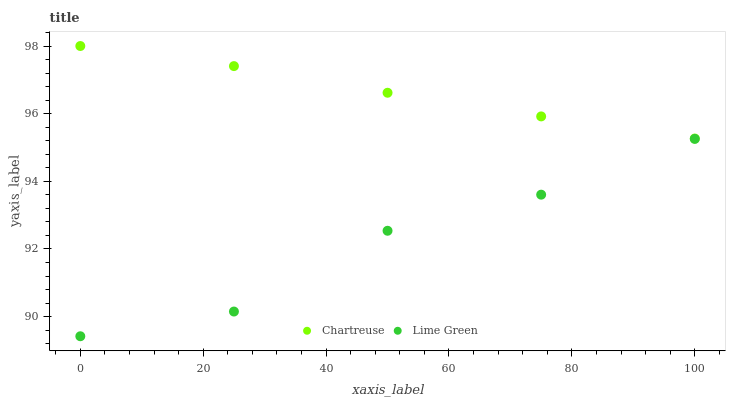
| xaxis_label | Chartreuse | Lime Green |
 | --- | --- | --- |
 | 0 | 98 | 89.4 |
 | 25 | 97.4 | 90.1 |
 | 50 | 96.6 | 92.5 |
 | 75 | 95.9 | 93.6 |
 | 100 | 95.3 | 95.3 |